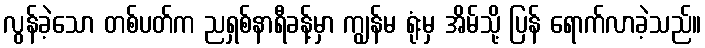
လွန်ခဲ့သော တစ်ပတ်က ညရှစ်နာရီခန့်မှာ ကျွန်မ ရုံးမှ အိမ်သို့ ပြန် ရောက်လာခဲ့သည်။